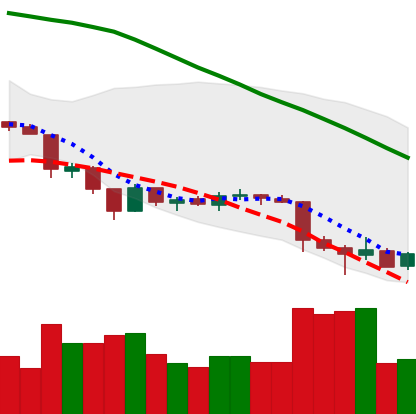
Ticker: LTC-USD
Chart end date: 2018-06-27
Forward return: 5.7%
Label: up_5_7